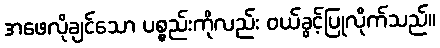
အဖေလိုချင်သော ပစ္စည်းကိုလည်း ဝယ်ခွင့်ပြုလိုက်သည်။